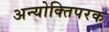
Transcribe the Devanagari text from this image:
अन्योक्तिपरक